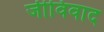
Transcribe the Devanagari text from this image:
जीविवाद